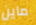
ماين